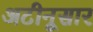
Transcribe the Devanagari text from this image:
अटीनूसार